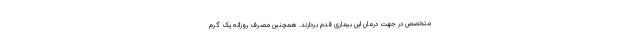
متخصص در جهت درمان این بیماری قدم بردارند. همچنین مصرف روزانه یک گرم